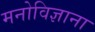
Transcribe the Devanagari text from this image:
मनोविज्ञाना